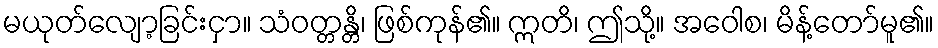
မယုတ်လျော့ခြင်းငှာ။ သံဝတ္တန္တိ၊ ဖြစ်ကုန်၏။ ဣတိ၊ ဤသို့။ အဝေါစ၊ မိန့်တော်မူ၏။